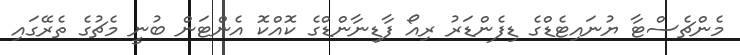
މެންޗެސްޓާ ޔުނައިޓެޑްގެ ޑިފެންޑަރު ރިއޯ ފާޑިނާންޑްގެ ކޮއްކޮ އެންޓަން ބުނީ މެޗުގެ ތެރޭގައި